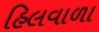
હિલવાળા